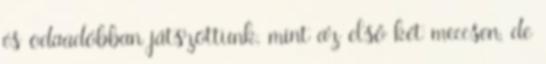
és odaadóbban játszottunk, mint az első két meccsen, de